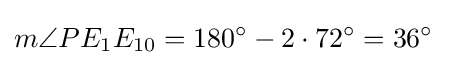
m\angle PE_{1}E_{10}=180^{\circ }-2\cdot 72^{\circ }=36^{\circ }\;